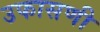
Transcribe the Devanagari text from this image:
उफासणी